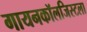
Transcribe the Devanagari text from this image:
गायनकॉलजिस्टला